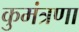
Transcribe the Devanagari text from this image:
कुमंत्रणा